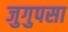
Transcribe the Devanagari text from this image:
जुगुपसा